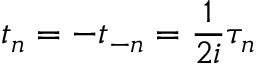
t _ { n } = - t _ { - n } = \frac { 1 } { 2 i } \tau _ { n }